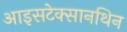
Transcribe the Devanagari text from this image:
आइसटेक्सानथिन